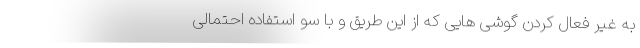
به غیر فعال کردن گوشی هایی که از این طریق و با سو استفاده احتمالی